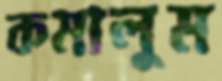
কমালুম